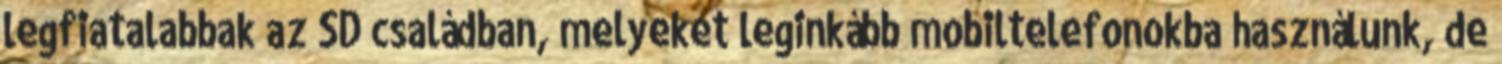
legfiatalabbak az SD családban, melyeket leginkább mobiltelefonokba használunk, de